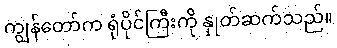
ကျွန်တော်က ရုံပိုင်ကြီးကို နှုတ်ဆက်သည်။